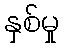
နှစ်မှု